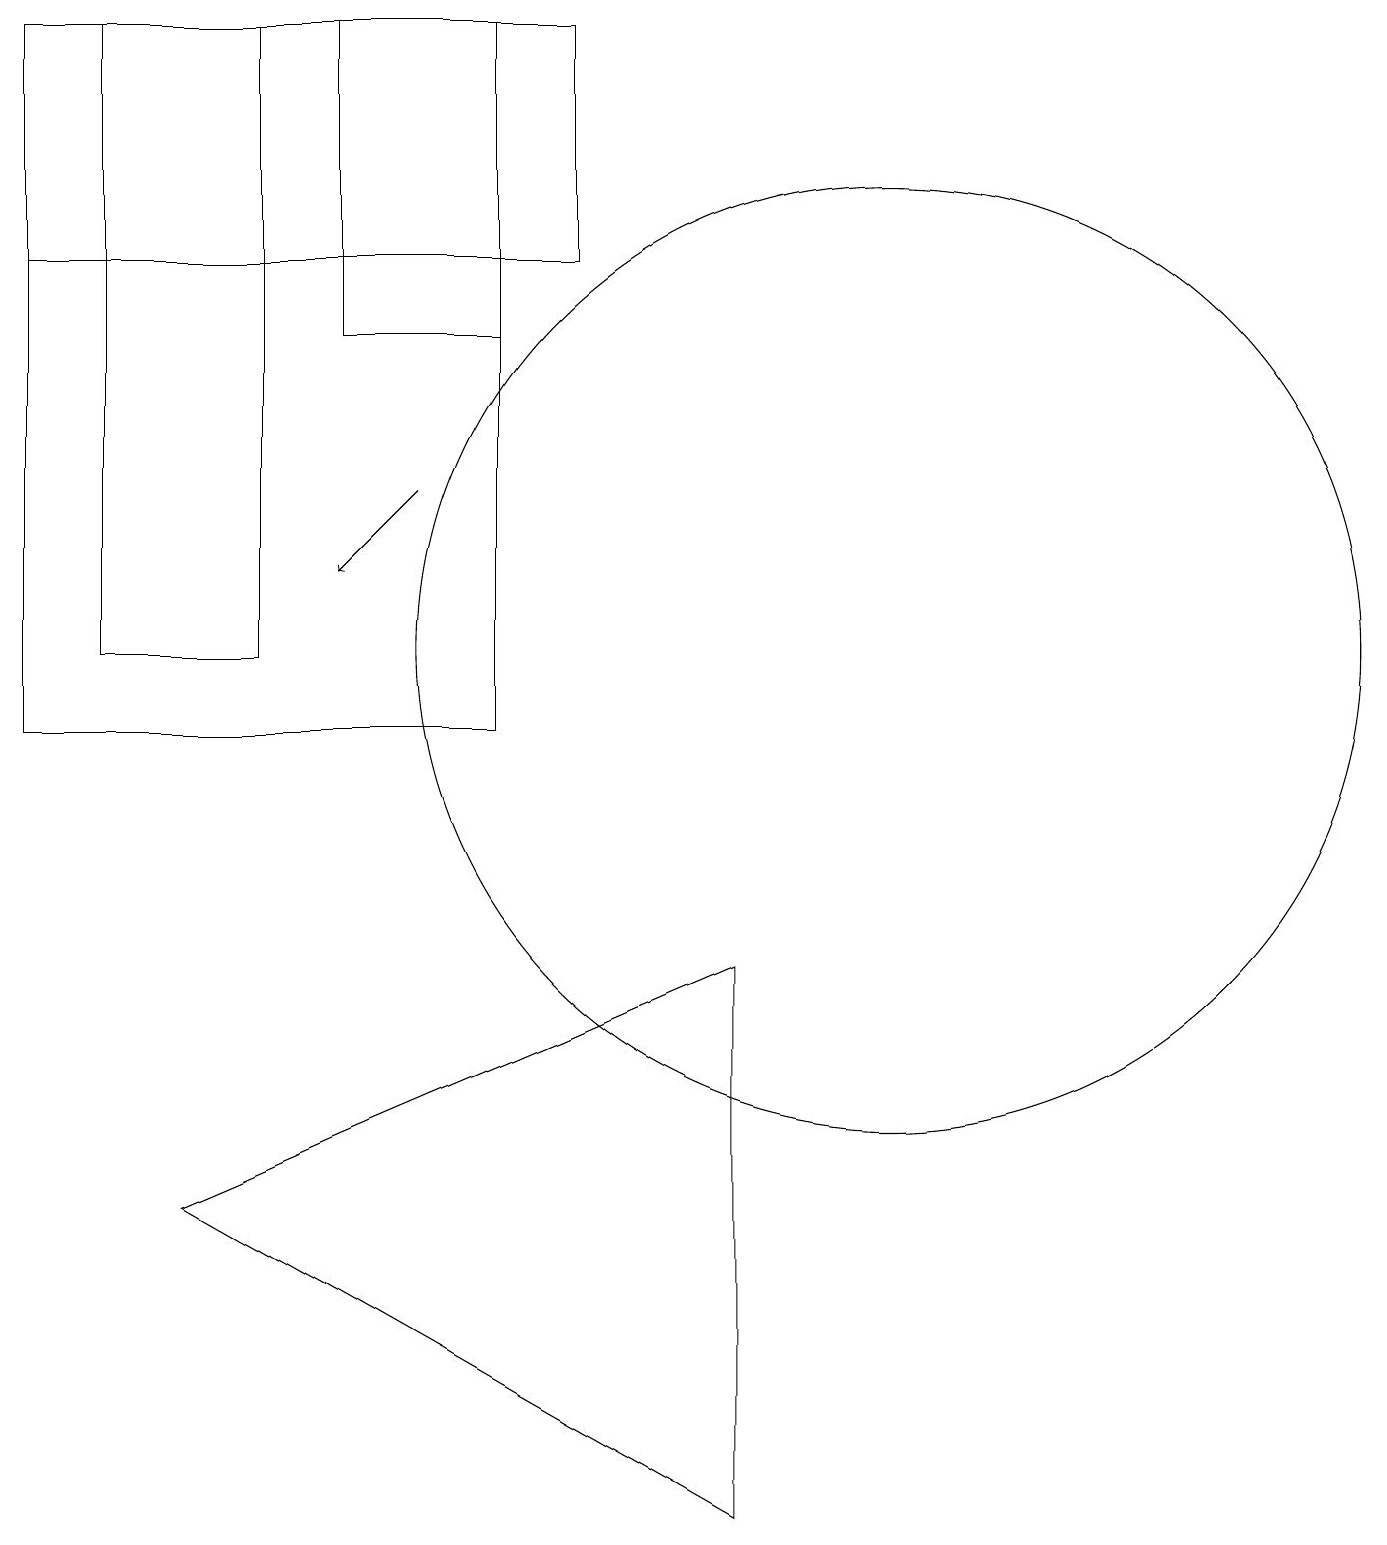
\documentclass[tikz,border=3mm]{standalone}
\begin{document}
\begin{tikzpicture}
\draw (11,11) circle (6);
\draw (1,19) rectangle (3,11);
\draw (6,16) rectangle (0,10);
\draw (2,4) -- (9,7) -- (9,0) -- cycle;
\draw (0,16) rectangle (7,19);
\draw[->] (5,13) -- (4,12);
\draw (6,19) rectangle (4,15);
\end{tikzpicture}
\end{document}